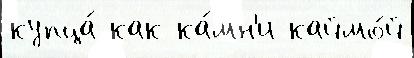
купца́ как ка́мн'и каймо́й